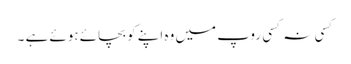
کسی نہ کسی روپ میں وہ اپنے کو بچائے ہوئے ہے ۔